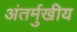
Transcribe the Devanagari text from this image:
अंतर्मुखीय